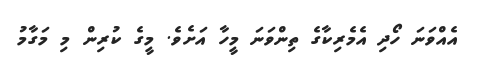
އެއްވަނަ ހޯދި އެމެރިކާގެ ތިންވަނަ މީހާ އަށެވެ. މީގެ ކުރިން މި މަގާމު